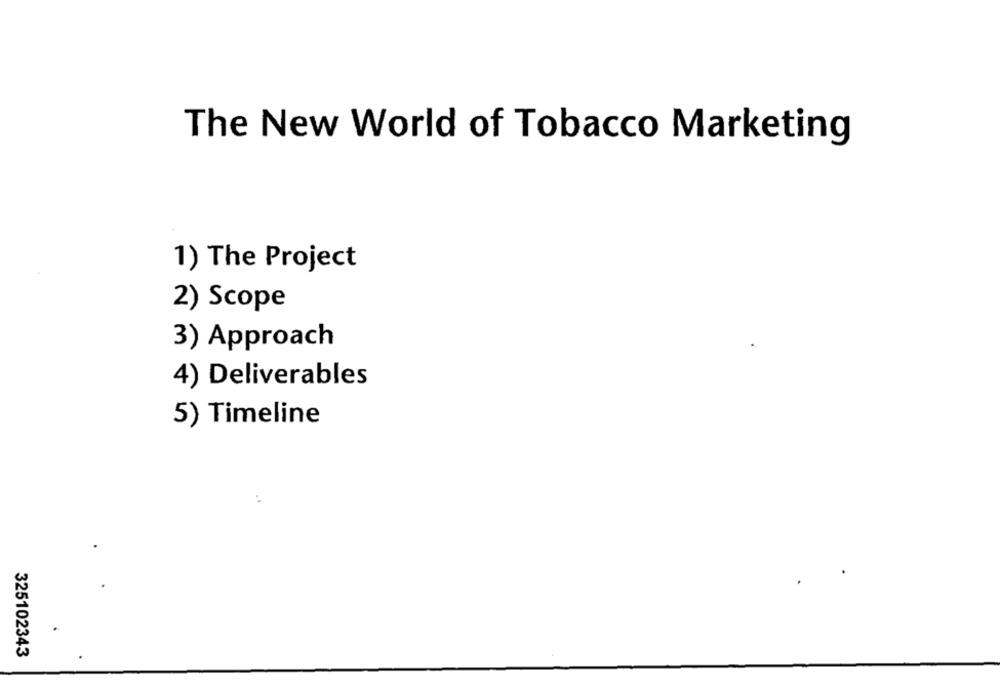
The New World of Tobacco Marketing
1) The Project
2) Scope
3) Approach
4) Deliverables
5) Timeline
325102343